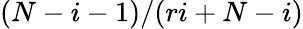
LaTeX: (N-i-1)/(ri+N-i)